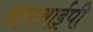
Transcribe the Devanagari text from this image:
आरआईपी